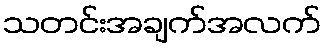
သတင်းအချက်အလက်